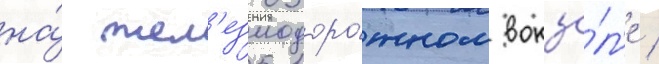
на́ жел'езнодоро́жном вокза́л'е /